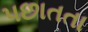
પછાતતા